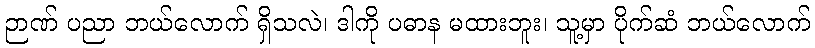
ဉာဏ် ပညာ ဘယ်လောက် ရှိသလဲ၊ ဒါကို ပဓာန မထားဘူး၊ သူ့မှာ ပိုက်ဆံ ဘယ်လောက်